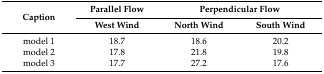
| <ROWSPAN=2> Caption | Parallel Flow | <COLSPAN=2> Perpendicular Flow |
 | West Wind | North Wind | South Wind |
 | --- | --- | --- | --- |
 | model 1 | 18.7 | 18.6 | 20.2 |
 | model 2 | 17.8 | 21.8 | 19.8 |
 | model 3 | 17.7 | 27.2 | 17.6 |